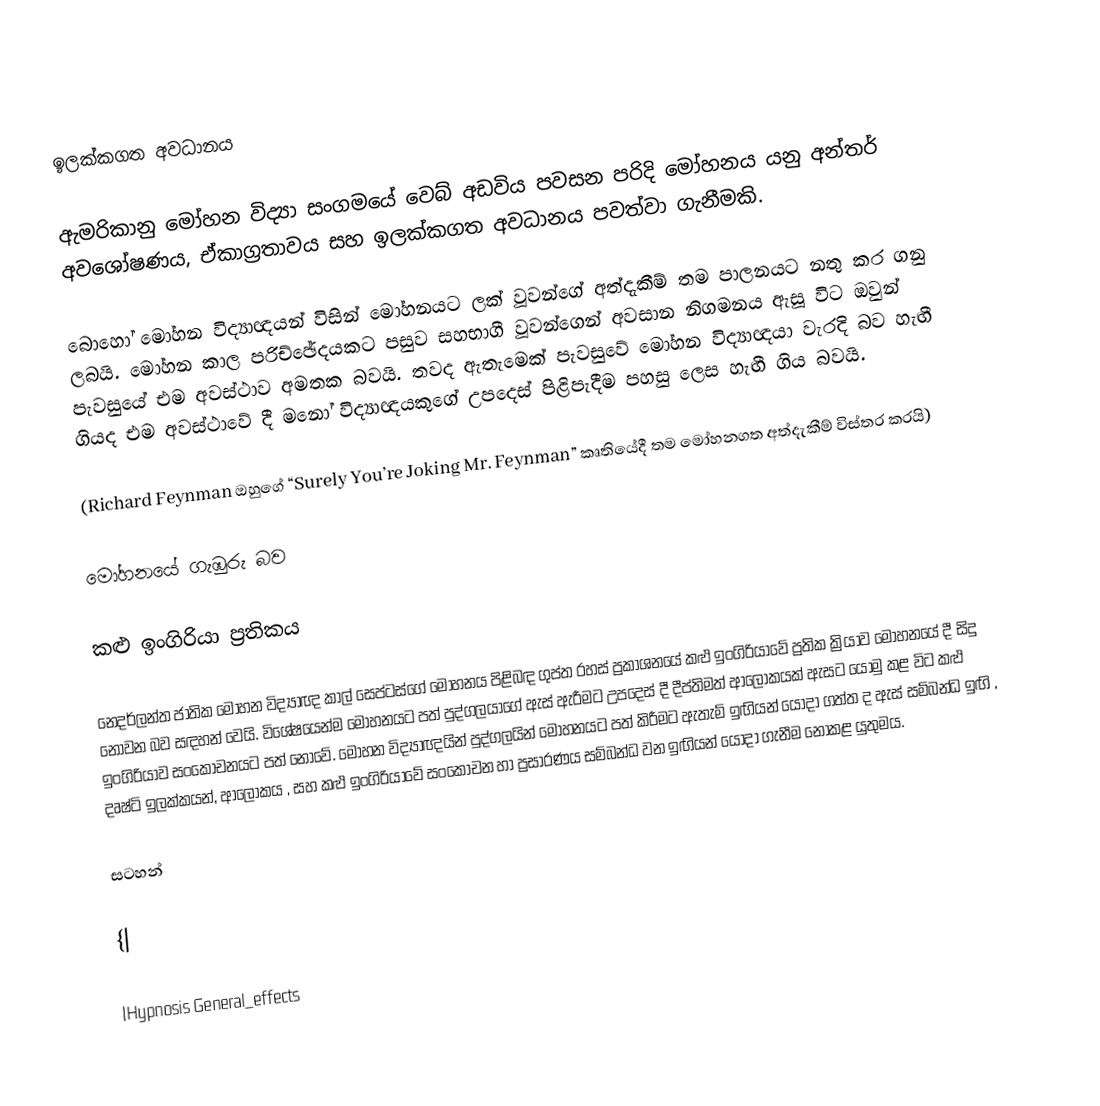
ඉලක්කගත අවධානය

ඇමරිකානු මෝහන විද්‍යා සංගමයේ වෙබ් අඩවිය පවසන පරිදි මෝහනය යනු අන්තර් අවශෝෂණය, ඒකාග්‍රතාවය සහ ඉලක්කගත අවධානය පවත්වා ගැනීමකි.

බොහෝ මෝහන විද්‍යාඥයන් විසින් මෝහනයට ලක් වූවන්ගේ අත්දැකීම් තම පාලනයට නතු කර ගනු ලබයි. මෝහන කාල පරිච්ඡේදයකට පසුව සහභාගී වූවන්ගෙන් අවසාන නිගමනය ඇසූ විට ඔවුන් පැවසුයේ එම අවස්ථාව අමතක බවයි. තවද ඇතැමෙක් පැවසුවේ මෝහන විද්‍යාඥයා වැරදි බව හැඟී ගියද එම අවස්ථාවේ දී මනෝ විද්‍යාඥයකුගේ උපදෙස් පිළිපැදීම පහසු ලෙස හැඟී ගිය බවයි.

(Richard Feynman ඔහුගේ “Surely You’re Joking Mr. Feynman” කෘතියේදී තම මෝහනගත අත්දැකීම් විස්තර කරයි)

මෝහනයේ ගැඹුරු බව

කළු ඉංගිරියා ප්‍රතිකය

නෙදර්ලන්ත ජාතික මෝහන විද්‍යාඥ කාල් සෙප්ටස්ගේ මෝහනය පිළිබඳ ගුප්ත රහස් ප්‍රකාශනයේ කළු ඉංගිරියාවේ ප්‍රතික ක්‍රියාව මෝහනයේ දී  සිදු නොවන බව සඳහන් වෙයි. විශේෂයෙන්ම මෝහනයට පත් පුද්ගලයාගේ ඇස් ඇරීමට උපදෙස් දී දීප්තිමත් ආලෝකයක් ඇසට යොමු කළ විට කළු ඉංගිරියාව සංකෝචනයට පත් නොවේ. මෝහන විද්‍යාඥයින් පුද්ගලයින් මෝහනයට පත් කිරීමට ඇතැම් ඉඟියන් යොදා ගත්ත ද ඇස් සම්බන්ධ ඉඟි , දෘෂ්ටි ඉලක්කයන්, ආලෝකය , සහ කළු ඉංගිරියාවේ සංකෝචන හා ප්‍රසාරණය සම්බන්ධ වන ඉඟියන් යොදා ගැනීම නොකළ යුතුමය.

සටහන්

{|

|Hypnosis General_effects